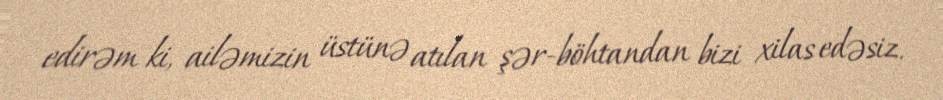
edirəm ki, ailəmizin üstünə atılan şər-böhtandan bizi xilas edəsiz.